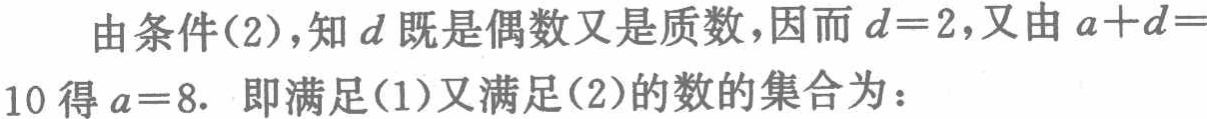
由条件(2)，知 \(d\) 既是偶数又是质数，因而 \(d = 2\)，又由 \(a + d = 10\) 得 \(a = 8\). 即满足(1)又满足(2)的数的集合为：